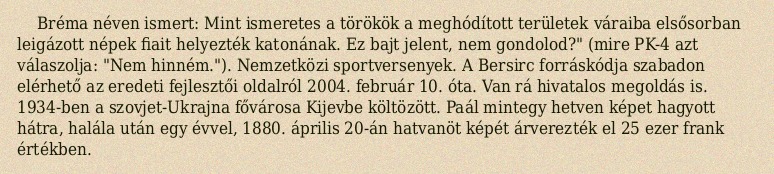
Bréma néven ismert: Mint ismeretes a törökök a meghódított területek váraiba elsősorban leigázott népek fiait helyezték katonának. Ez bajt jelent, nem gondolod?" (mire PK-4 azt válaszolja: "Nem hinném."). Nemzetközi sportversenyek. A Bersirc forráskódja szabadon elérhető az eredeti fejlesztői oldalról 2004. február 10. óta. Van rá hivatalos megoldás is. 1934-ben a szovjet-Ukrajna fővárosa Kijevbe költözött. Paál mintegy hetven képet hagyott hátra, halála után egy évvel, 1880. április 20-án hatvanöt képét árverezték el 25 ezer frank értékben.